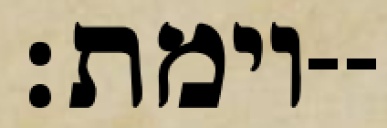
וימת׃--